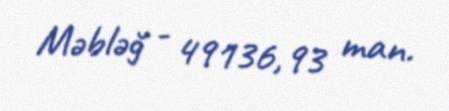
Məbləğ - 49136,93 man.